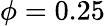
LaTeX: \phi=0.25